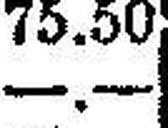
—.—